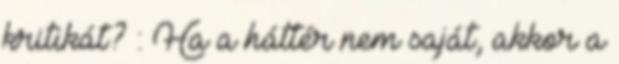
kritikát? : Ha a háttér nem saját, akkor a